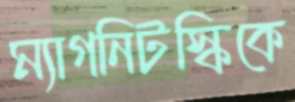
ম্যাগনিটস্কিকে